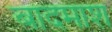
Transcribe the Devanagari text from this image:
बादमाश